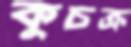
কুচক্র